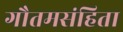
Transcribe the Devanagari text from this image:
गौतमसंहिता